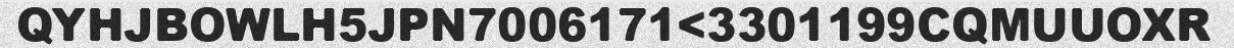
QYHJBOWLH5JPN7006171<3301199CQMUUOXR